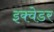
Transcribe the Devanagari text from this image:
इक्वेडर